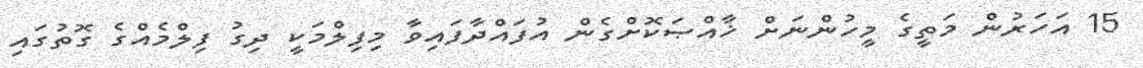
15 އަހަރުން މަތީގެ މީހުންނަށް ޚާއްޞަކޮށްގެން އުފައްދާފައިވާ މިފިލްމަކީ ދިގު ފިލްމެއްގެ ގޮތުގައި